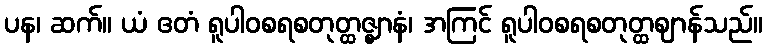
ပန၊ ဆက်။ ယံ ဧတံ ရူပါဝစရစတုတ္ထဇ္ဈာနံ၊ အကြင် ရူပါဝစရစတုတ္ထဈာန်သည်။